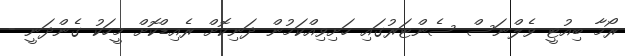
ރޯމާ ބިއުޓީ ވެލްނަސް ސެންޓަރުގައި ހަށިވިއްކަމުން ދަނިކޮށް ރެއިޑްކޮށް މީހަކު ގެންދަނީ -